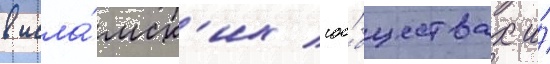
в исла́мск'их соо́бществах и́